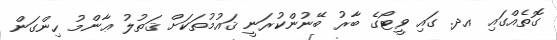
ގޮތެއްގައި އދ. ގައި ވީޓޯގެ ބާރު ބޭނުންކުރަނީ ޤައުމުތަކަށް ޤަތުލު ޢާންމު ހިންގަން